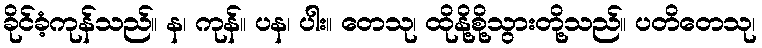
ခိုင်ခံ့ကုန်သည်။ န၊ ကုန်။ ပန၊ ပါး။ တေသု၊ ထိုနို့စို့သွားတို့သည်။ ပတိတေသု၊